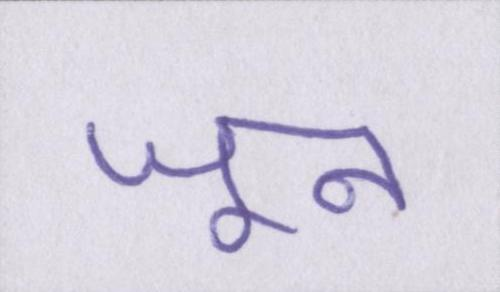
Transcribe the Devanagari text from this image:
जून